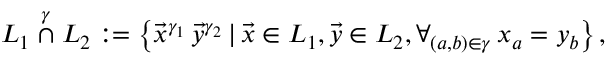
\begin{array} { r } { L _ { 1 } \stackrel { \gamma } { \cap } L _ { 2 } : = \left\{ \vec { x } ^ { \gamma _ { 1 } } \, \vec { y } ^ { \gamma _ { 2 } } \, | \, \vec { x } \in L _ { 1 } , \vec { y } \in L _ { 2 } , \forall _ { ( a , b ) \in \gamma } \, x _ { a } = y _ { b } \right\} , } \end{array}